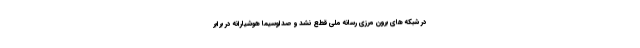
در شبکه های برون مرزی رسانه ملی قطع نشد و صداوسیما هوشیارانه در برابر